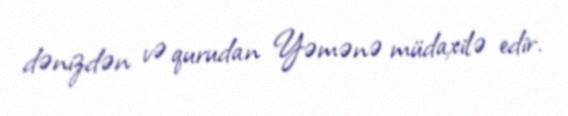
dənizdən və qurudan Yəmənə müdaxilə edir.